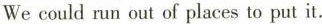
We could run out of places to put it.